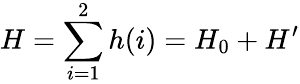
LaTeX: H=\sum_{i=1}^{2}h(i)=H_{0}+H^{\prime}